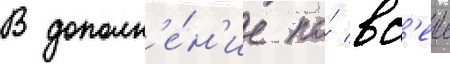
В дополн'е́н'ие по́ вс'еи